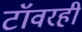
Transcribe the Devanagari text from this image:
टॉवरही